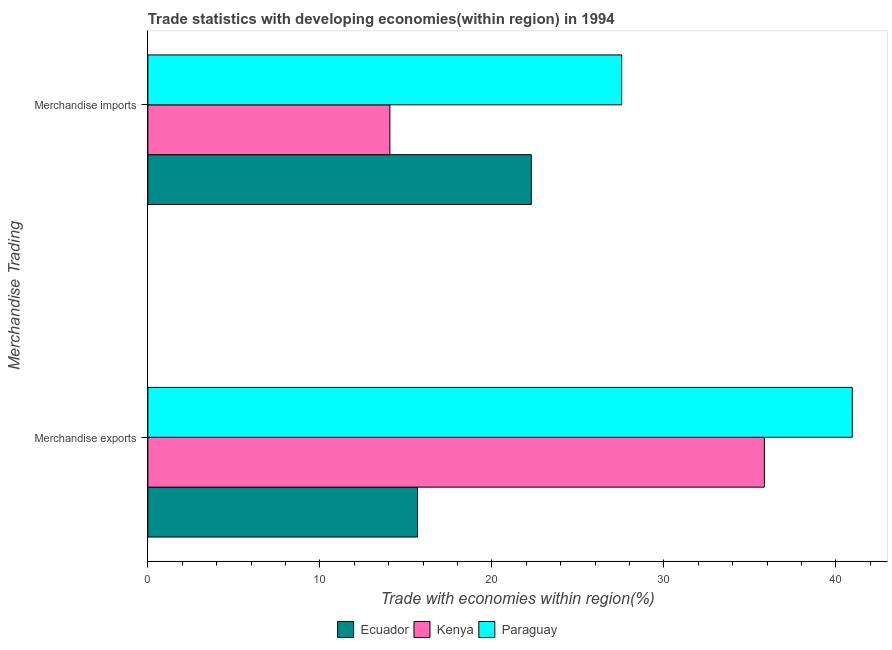
| Merchandise Trading | Ecuador | Kenya | Paraguay |
 | --- | --- | --- | --- |
 | Merchandise exports | 15.7 | 35.8 | 41 |
 | Merchandise imports | 22.3 | 14.1 | 27.5 |